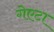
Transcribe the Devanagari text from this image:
गेएटा